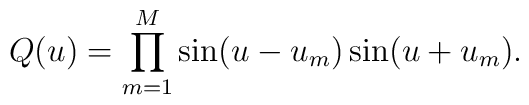
Q(u)= \prod\limits_{m=1}^M \sin (u-u_m) \sin (u+u_m).\nonumber